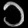
Digit: ၁